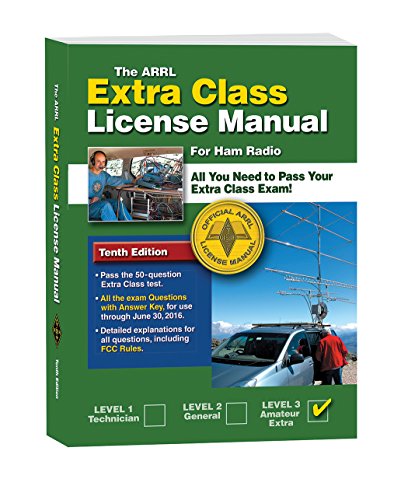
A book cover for The ARRL Extra Class License Manual (Arrl Extra Class License Manual for the Radio Amateur); Ward Silver; Humor & Entertainment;